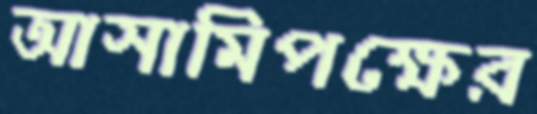
আসামিপক্ষের